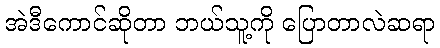
အဲဒီကောင်ဆိုတာ ဘယ်သူ့ကို ပြောတာလဲဆရာ